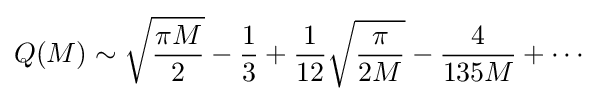
Q(M)\sim {\sqrt {\frac {\pi M}{2}}}-{\frac {1}{3}}+{\frac {1}{12}}{\sqrt {\frac {\pi }{2M}}}-{\frac {4}{135M}}+\cdots